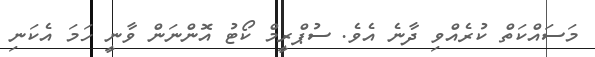
މަސައްކަތް ކުރެއްވި ދާނެ އެވެ. ސުޕްރީމް ކޯޓު އޮންނަން ވާނީ ހަމަ އެކަނި